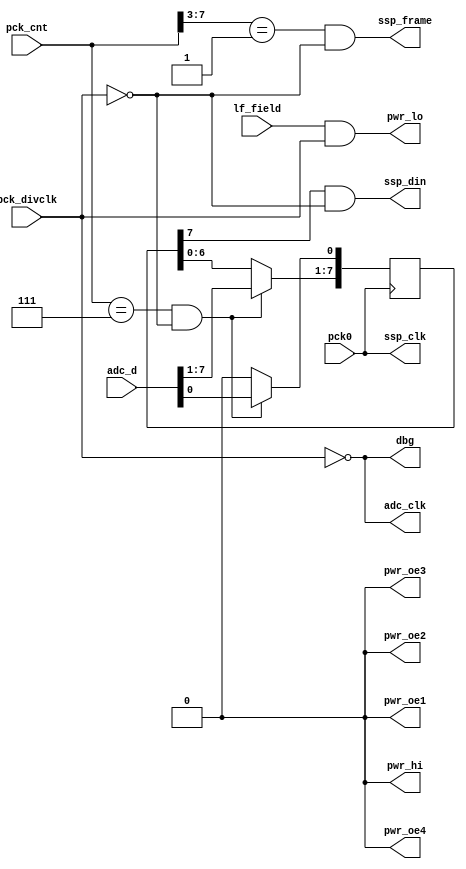
module lo_read_2(
	input pck0, input [7:0] pck_cnt, input pck_divclk,
	output pwr_lo, output pwr_hi,
	output pwr_oe1, output pwr_oe2, output pwr_oe3, output pwr_oe4,
	input [7:0] adc_d, output adc_clk,
	output ssp_frame, output ssp_din, output ssp_clk,
	output dbg,
	input lf_field
);
reg [7:0] to_arm_shiftreg;
always @(posedge pck0)
begin
	if((pck_cnt == 8'd7) && !pck_divclk)
		to_arm_shiftreg <= adc_d;
	else begin
		to_arm_shiftreg[7:1] <= to_arm_shiftreg[6:0];
		to_arm_shiftreg[0] <= 1'b0;
	end
end
assign ssp_din = to_arm_shiftreg[7] && !pck_divclk;
assign ssp_clk = pck0;
assign ssp_frame = (pck_cnt[7:3] == 5'd1) && !pck_divclk;
assign pwr_hi = 1'b0;
assign pwr_oe1 = 1'b0;
assign pwr_oe2 = 1'b0;
assign pwr_oe3 = 1'b0;
assign pwr_oe4 = 1'b0;
assign pwr_lo = lf_field & pck_divclk;
assign adc_clk = ~pck_divclk;
assign dbg = adc_clk;
endmodule